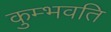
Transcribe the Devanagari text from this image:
कुम्भवति